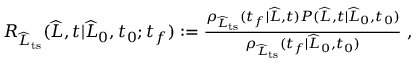
\begin{array} { r } { R _ { \widehat { L } _ { \mathrm { t s } } } ( \widehat { L } , t | \widehat { L } _ { 0 } , t _ { 0 } ; t _ { f } ) : = \frac { \rho _ { \widehat { L } _ { \mathrm { t s } } } ( t _ { f } | \widehat { L } , t ) P ( \widehat { L } , t | \widehat { L } _ { 0 } , t _ { 0 } ) } { \rho _ { \widehat { L } _ { \mathrm { t s } } } ( t _ { f } | \widehat { L } _ { 0 } , t _ { 0 } ) } \ , } \end{array}